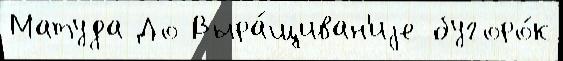
Матуда До Выра́щиван'иjе бугоро́к